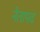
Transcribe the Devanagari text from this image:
नेतापद